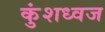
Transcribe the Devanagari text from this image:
कुंशध्वज